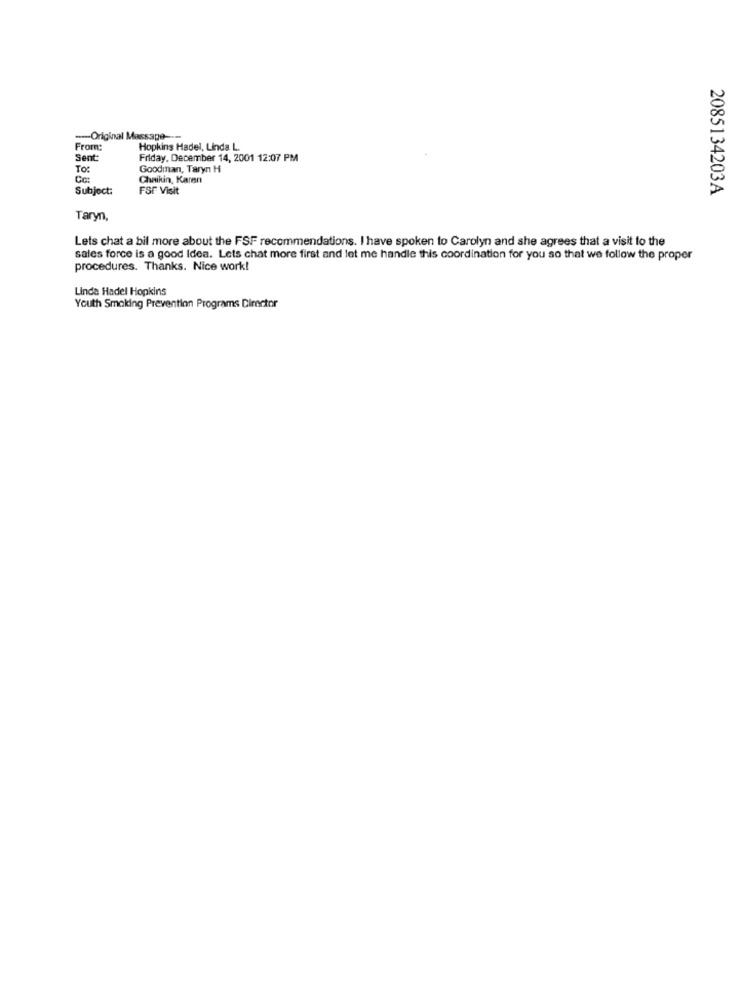
-- Original Message ---
From:
Hopkins Hadel, Linda L.
Sent:
Friday, December 14, 2001 12:07 PM
To:
Goodman, Taryn H
Chaikin, Karen
Subject:
FSF Visit
2085134203A
Taryn
Lets chat a bil more about the FSF recommendations. I have spoken to Carolyn and she agrees that a visit to the
sales force is a good Idea. Lets chat more first and let me handle this coordination for you so that we follow the proper
procedures. Thanks. Nice work!
Linda Hadel Hopkins
Youth Smoking Prevention Programs Director